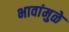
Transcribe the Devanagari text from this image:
भावांमुळे